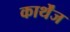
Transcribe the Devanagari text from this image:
कार्थेंज